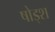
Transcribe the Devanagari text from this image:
षोड्श